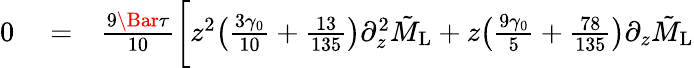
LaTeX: \begin{array}{rlr}{0}&{{}=}&{\frac{9\Bar{\tau}}{10}\bigg[z^{2}\bigl(\frac{3\gamma_{0}}{10}+\frac{13}{135}\bigl)\partial_{z}^{2}\tilde{M}_{\mathrm{L}}+z\bigl(\frac{9\gamma_{0}}{5}+\frac{78}{135}\bigl)\partial_{z}\tilde{M}_{\mathrm{L}}}\end{array}